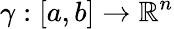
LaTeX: \gamma:[a,b]\rightarrow\mathbb{R}^{n}